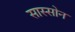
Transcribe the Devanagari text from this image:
सास्सोन